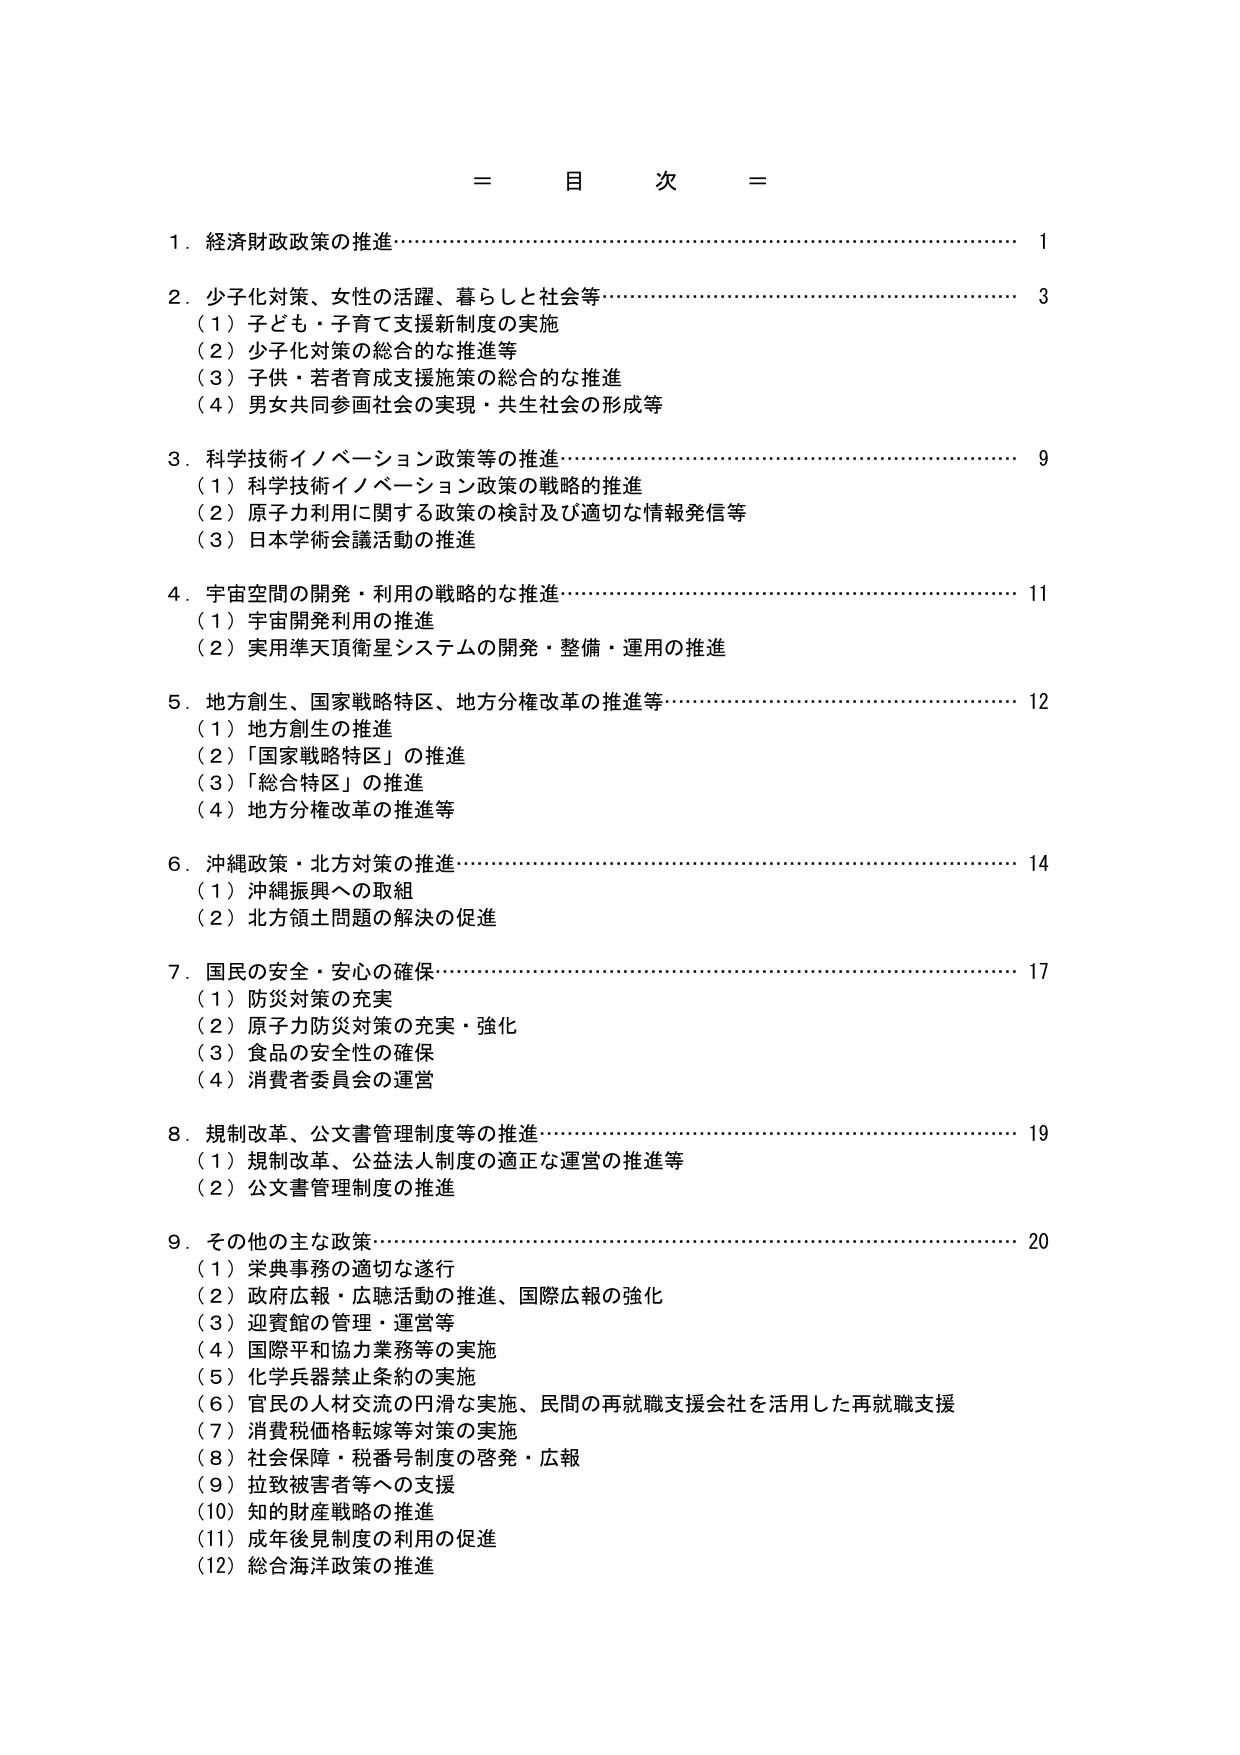
＝ 目 次 ＝

1．経済財政政策の推進……………………………………………………………………… 1

2．少子化対策、女性の活躍、暮らしと社会等…………………………………………… 3
　（1）子ども・子育て支援新制度の実施
　（2）少子化対策の総合的な推進等
　（3）子供・若者育成支援施策の総合的な推進
　（4）男女共同参画社会の実現・共生社会の形成等

3．科学技術イノベーション政策等の推進………………………………………………… 9
　（1）科学技術イノベーション政策の戦略的推進
　（2）原子力利用に関する政策の検討及び適切な情報発信等
　（3）日本学術会議活動の推進

4．宇宙空間の開発・利用の戦略的な推進………………………………………………… 11
　（1）宇宙開発利用の推進
　（2）実用準天頂衛星システムの開発・整備・運用の推進

5．地方創生、国家戦略特区、地方分権改革の推進等…………………………………… 12
　（1）地方創生の推進
　（2）「国家戦略特区」の推進
　（3）「総合特区」の推進
　（4）地方分権改革の推進等

6．沖縄政策・北方対策の推進……………………………………………………………… 14
　（1）沖縄振興への取組
　（2）北方領土問題の解決の促進

7．国民の安全・安心の確保………………………………………………………………… 17
　（1）防災対策の充実
　（2）原子力防災対策の充実・強化
　（3）食品の安全性の確保
　（4）消費者委員会の運営

8．規制改革、公文書管理制度等の推進…………………………………………………… 19
　（1）規制改革、公益法人制度の適正な運営の推進等
　（2）公文書管理制度の推進

9．その他の主な政策………………………………………………………………………… 20
　（1）栄典事務の適切な遂行
　（2）政府広報・広聴活動の推進、国際広報の強化
　（3）迎賓館の管理・運営等
　（4）国際平和協力業務等の実施
　（5）化学兵器禁止条約の実施
　（6）官民の人材交流の円滑な実施、民間の再就職支援会社を活用した再就職支援
　（7）消費税価格転嫁等対策の実施
　（8）社会保障・税番号制度の啓発・広報
　（9）拉致被害者等への支援
　（10）知的財産戦略の推進
　（11）成年後見制度の利用の促進
　（12）総合海洋政策の推進